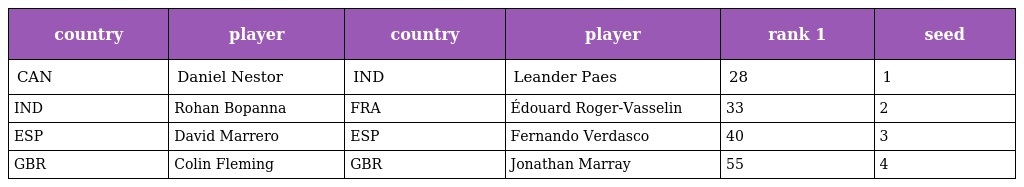
| country | player | country | player | rank 1 | seed |
 | --- | --- | --- | --- | --- | --- |
 | CAN | Daniel Nestor | IND | Leander Paes | 28 | 1 |
 | IND | Rohan Bopanna | FRA | Édouard Roger-Vasselin | 33 | 2 |
 | ESP | David Marrero | ESP | Fernando Verdasco | 40 | 3 |
 | GBR | Colin Fleming | GBR | Jonathan Marray | 55 | 4 |